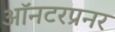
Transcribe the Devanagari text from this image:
ऑनटरप्रनर